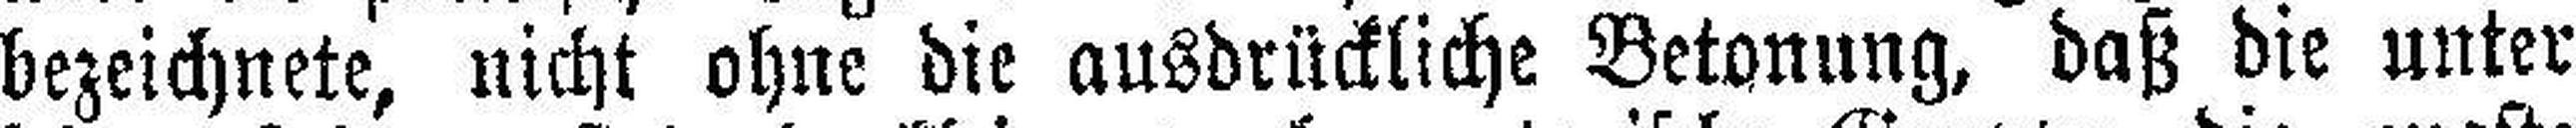
bezeichnete, nicht ohne die ausdrückliche Betonung, daß die unter